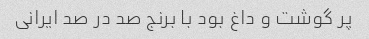
پر گوشت و داغ بود با برنج صد در صد ایرانی